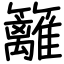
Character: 籬